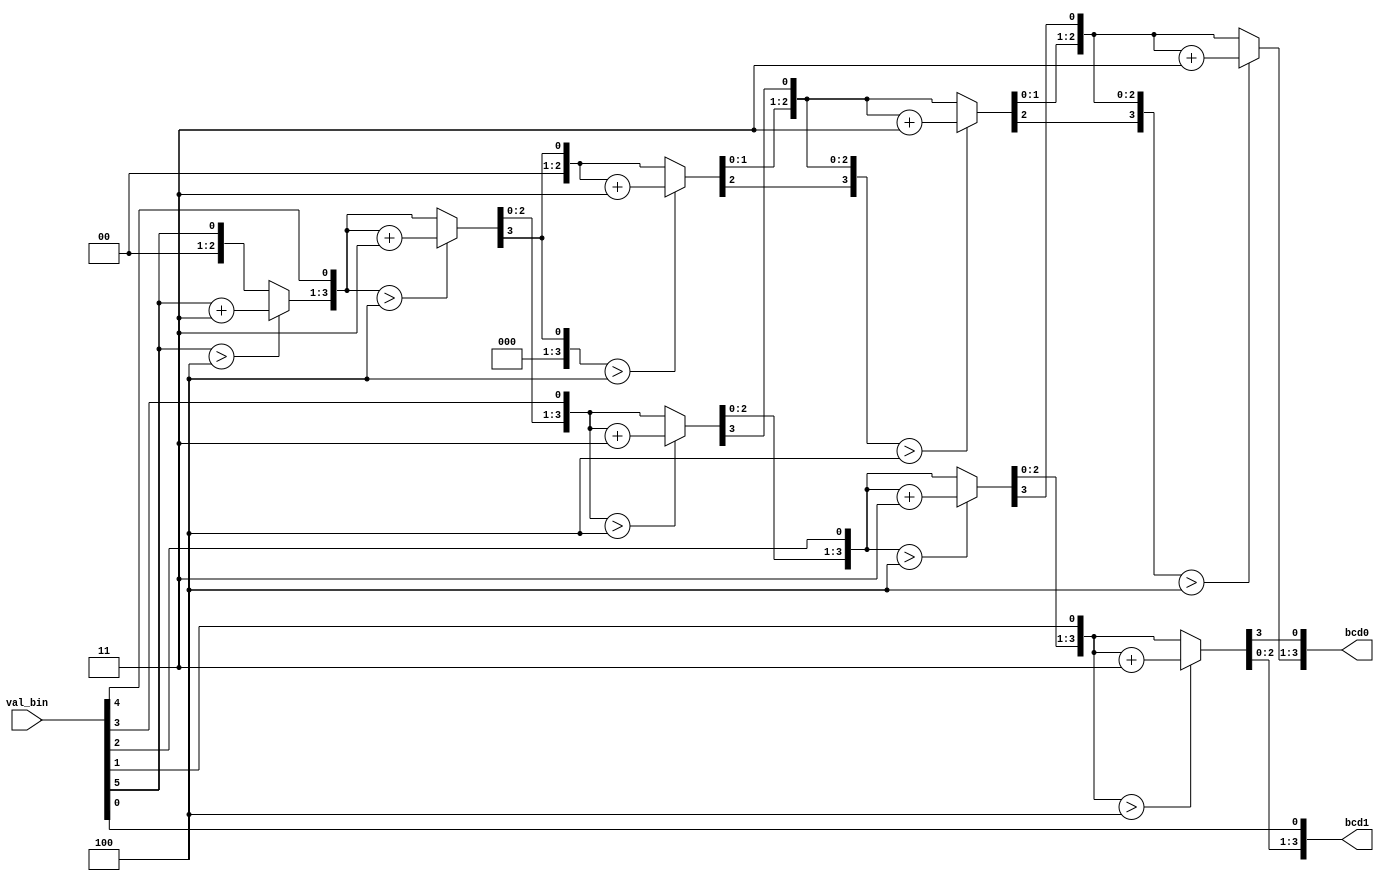
`timescale 1ns / 1ps
//////////////////////////////////////////////////////////////////////////////////
// Company: 
// Engineer: 
// 
// Design Name: 
// Module Name: bcd
// Project Name: 
// Target Devices: 
// Tool Versions: 
// Description: 
// 
// Dependencies: 
// 
// Revision:
// Revision 0.01 - File Created
// Additional Comments:
// 
//////////////////////////////////////////////////////////////////////////////////


module bcd(input [5:0] val_bin, output [3:0]bcd0, bcd1);

integer i;
reg [7:0] bcd;

always@(val_bin)
    begin
        bcd = 0;
        for(i = 0 ; i < 6; i = i + 1)
        begin
        bcd = {bcd [6:0], val_bin[5-i]};
        if (i<5 && bcd[3:0] > 4)
            bcd[3:0] = bcd [3:0] + 3;
        if (i< 5 && bcd[7:4] > 4)
            bcd[7:4] = bcd[7:4]+3;
        end
        end
        
        assign bcd0 = bcd[7:4];
        assign bcd1 = bcd[3:0];
            
endmodule